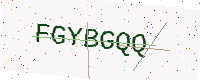
Text: FGYBGQQ